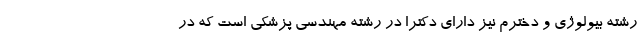
رشته بیولوژی و دخترم نیز دارای دکترا در رشته مهندسی پزشکی است که در